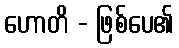
ဟောတိ - ဖြစ်ပေ၏